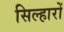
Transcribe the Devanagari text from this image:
सिल्हारों